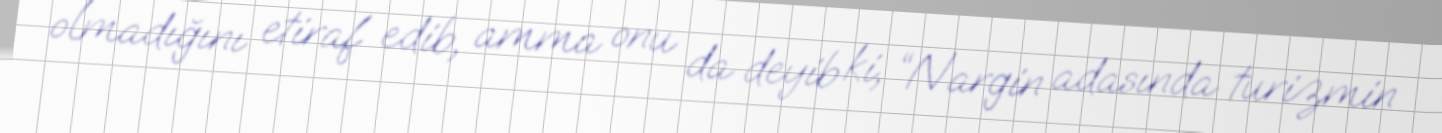
olmadığını etiraf edib, amma onu da deyib ki, “Nargin adasında turizmin